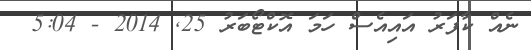
ނެއް ކާފަރު އައިއެސް ހަމަ އޮކްޓޯބަރު 25